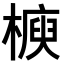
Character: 𣚲